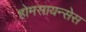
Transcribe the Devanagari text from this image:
होमसायन्सेस